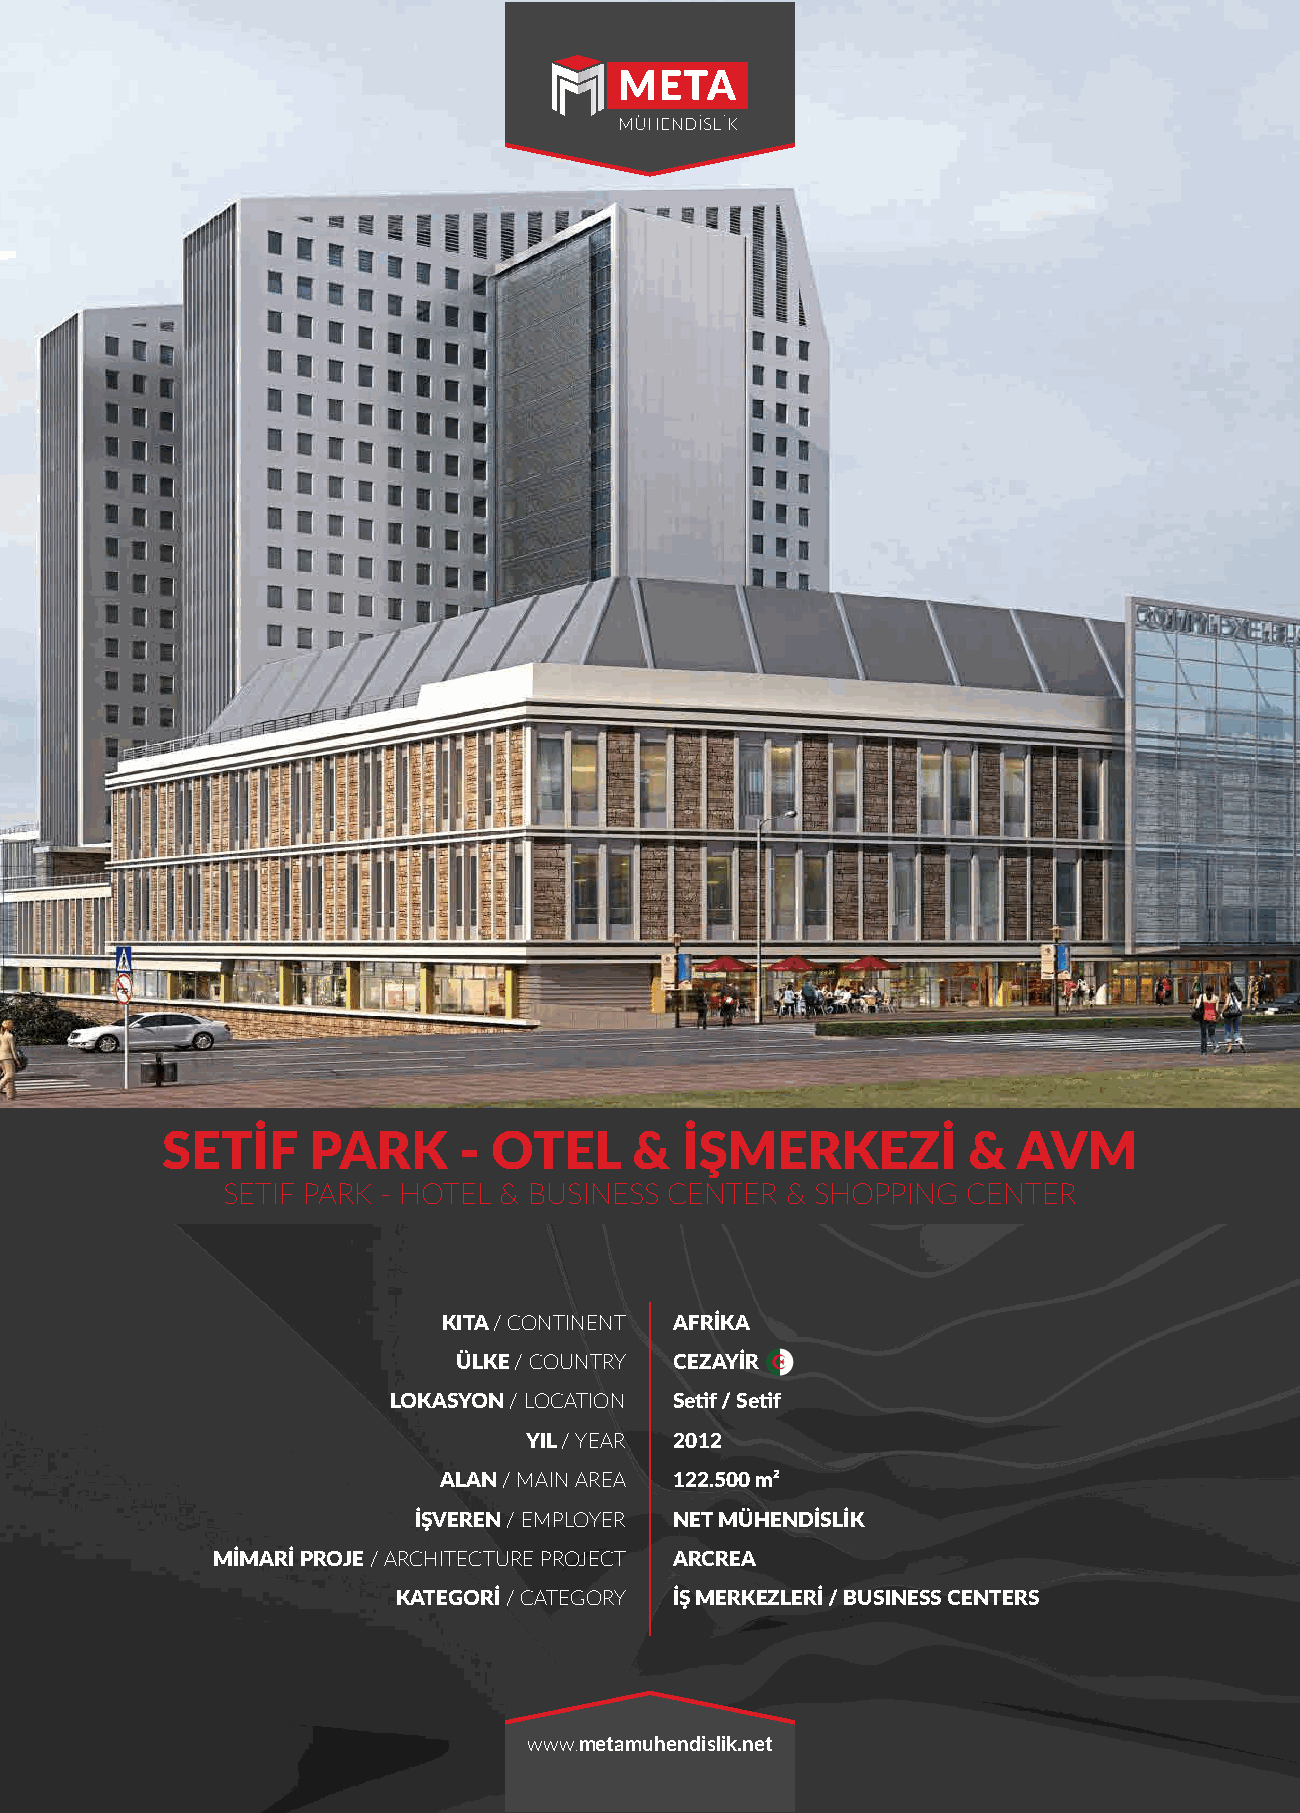
SETİF    PARK      -  OTEL     &  İŞMERKEZİ          &  AVM
 SETIF PARK - HOTEL & BUSINESS CENTER & SHOPPING  CENTER
 KITA / CONTINENT AFRİKA
 ÜLKE / COUNTRY CEZAYİR
 LOKASYON / LOCATION Setif / Setif
 YIL / YEAR 2012
 ALAN / MAIN AREA 122.500 m²
 İŞVEREN / EMPLOYER NET MÜHENDİSLİK
 MİMARİ PROJE / ARCHITECTURE PROJECT ARCREA
 KATEGORİ / CATEGORY İŞ MERKEZLERİ / BUSINESS CENTERS
 www.metamuhendislik.net